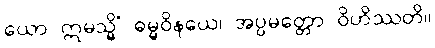
ယော ဣမသ္မိံ ဓမ္မဝိနယေ၊ အပ္ပမတ္တော ဝိဟိဿတိ။